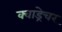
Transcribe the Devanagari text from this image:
क्वाड्रेचर